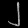
Digit: ၂